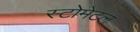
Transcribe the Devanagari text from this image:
स्टोमेटल